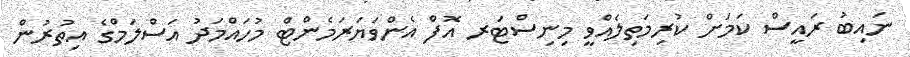
ނައިބު ރައީސް ކަމަށް ކުރިމަތިލެއްވީ މިނިސްޓަރ އޮފް އެންވަޔަރަމެންޓް މުހައްމަދު އަސްލަމްގެ އިތުރުން